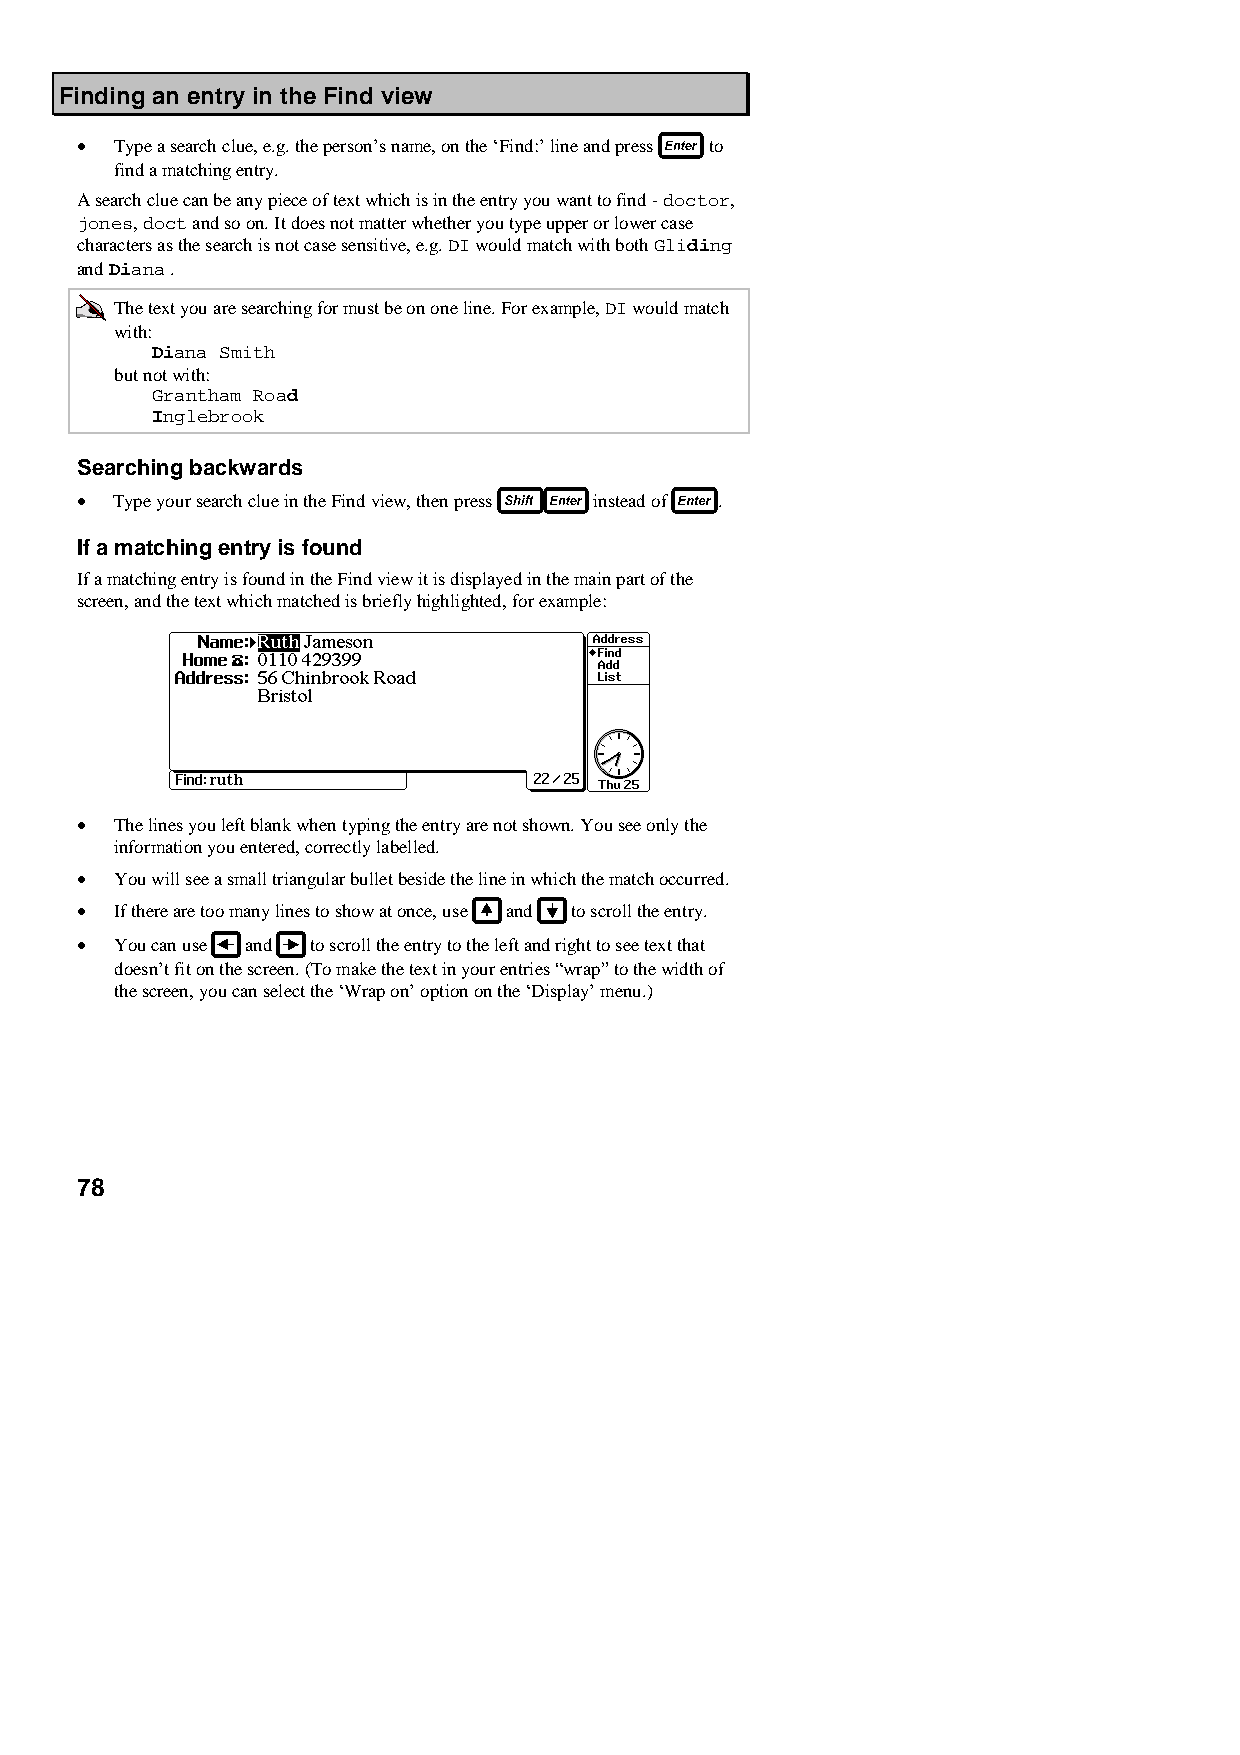
Finding an entry in the Find view
 •  Type a search clue, e.g. the person’s name, on the ‘Find:’ line and press to
 find a matching entry.
 A search clue can be any piece of text which is in the entry you want to find - doctor,
 jones, doct and so on. It does not matter whether you type upper or lower case
 characters as the search is not case sensitive, e.g. DI would match with both Gliding
 and Diana .
 The text you are searching for must be on one line. For example, DI would match
 with:
 Diana Smith
 but not with:
 Grantham Road
 Inglebrook
 Searching backwards
 •  Type your search clue in the Find view, then press instead of .
 If a matching entry is found
 If a matching entry is found in the Find view it is displayed in the main part of the
 screen, and the text which matched is briefly highlighted, for example:
 •  The lines you left blank when typing the entry are not shown. You see only the
 information you entered, correctly labelled.
 •  You will see a small triangular bullet beside the line in which the match occurred.
 •  If there are too many lines to show at once, use and to scroll the entry.
 •  You can use and to scroll the entry to the left and right to see text that
 doesn’t fit on the screen. (To make the text in your entries “wrap” to the width of
 the screen, you can select the ‘Wrap on’ option on the ‘Display’ menu.)
 78